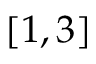
[ 1 , 3 ]